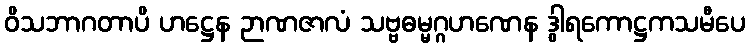
ဝိသဘာဂတာပိ ဟဋ္ဌေန ဉာဏဇာလံ သဗ္ဗဓမ္မဂ္ဂဟဏေန ဒွါရကောဋ္ဌကသမီပေ